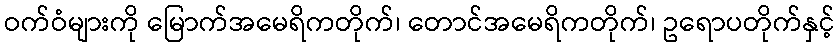
ဝက်ဝံများကို မြောက်အမေရိကတိုက်၊ တောင်အမေရိကတိုက်၊ ဥရောပတိုက်နှင့်